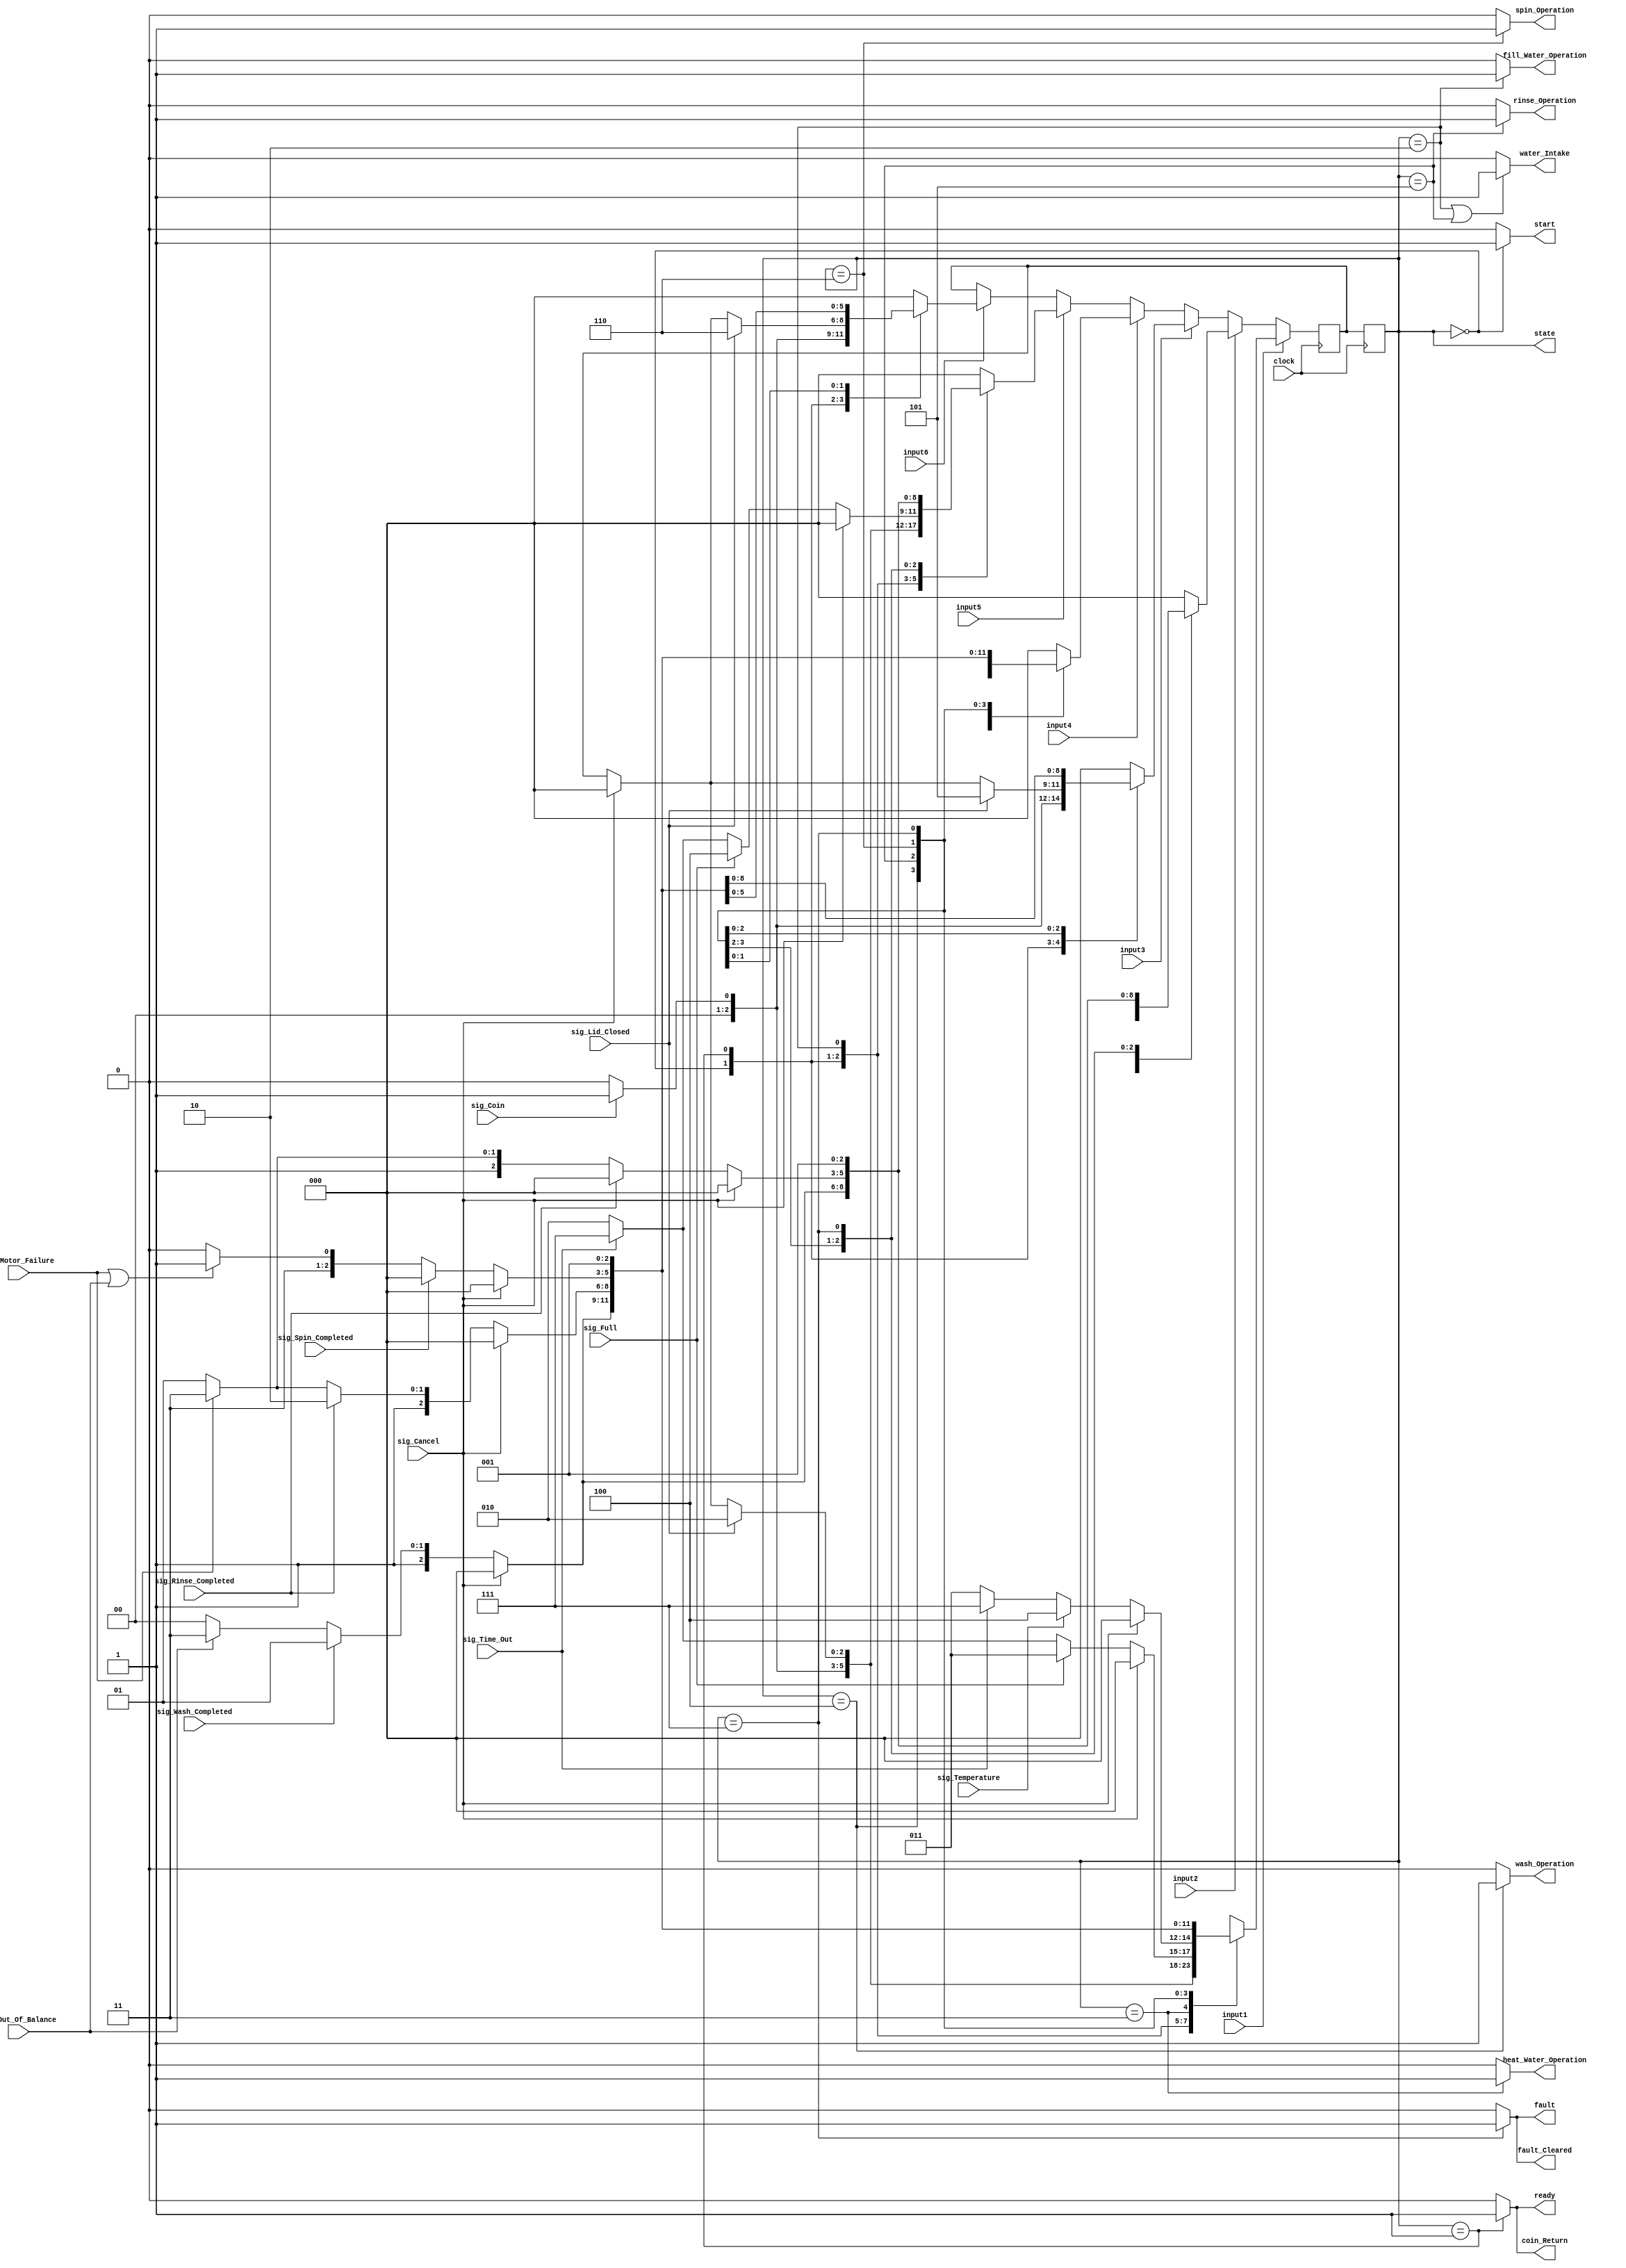
module Controller(
    clock,
    input1,
    input2,
    input3,
    input4,
    input5,
    input6,
    sig_Lid_Closed,
    sig_Coin,
    sig_Cancel,
    sig_Time_Out,
    sig_Out_Of_Balance,
    sig_Motor_Failure,
    sig_Full,
    sig_Temperature,
    sig_Wash_Completed,
    sig_Rinse_Completed,
    sig_Spin_Completed,
    start,
    ready,
    fill_Water_Operation,
    heat_Water_Operation,
    wash_Operation,
    rinse_Operation,
    spin_Operation,
    fault,
    coin_Return,
    water_Intake,
    fault_Cleared,
    state
    );
    
    input clock;
    input input1,input2,input3,input4,input5,input6;
    input sig_Lid_Closed;
    input sig_Coin;

    input sig_Cancel;
    input sig_Time_Out;
    input sig_Out_Of_Balance;
    input sig_Motor_Failure;

    input sig_Full;
    input sig_Temperature;
    input sig_Wash_Completed;
    input sig_Rinse_Completed;
    input sig_Spin_Completed;

    output start;
    output ready;
    output fill_Water_Operation;
    output heat_Water_Operation;
    output wash_Operation;
    output rinse_Operation;
    output spin_Operation;
    output fault;
    output coin_Return;
    output water_Intake;
    output fault_Cleared;
    output [2:0] state;

    parameter STATE_START = 3'd0 ;
    parameter STATE_READY = 3'd1;
    parameter STATE_FILL_WATER = 3'd2;
    parameter STATE_HEAT_WATER = 3'd3;
    parameter STATE_WASH = 3'd4;
    parameter STATE_RINSE = 3'd5;
    parameter STATE_SPIN = 3'd6;
    parameter STATE_FAULT = 3'd7;

    reg state = STATE_START;
    reg [2:0] next_State;

    always @(posedge  clock) begin
        state = next_State;
    end

    always @(posedge clock) begin
    if (input1) begin
        case (state)
            STATE_START: begin
                if (sig_Coin == 1)
                    next_State = STATE_READY;

                else 
                    next_State = STATE_START;
            end
            STATE_READY: begin
                if (sig_Lid_Closed == 1)
                    next_State = STATE_FILL_WATER;

                else if (sig_Cancel == 1)
                    next_State = STATE_START;
            end
            STATE_FILL_WATER: begin
                if (sig_Cancel == 1)
                    next_State = STATE_START;

                else if (sig_Full == 1)
                    next_State = STATE_HEAT_WATER;
                
                else if (sig_Time_Out == 1)
                    next_State = STATE_FAULT;
                
                else 
                    next_State = STATE_FILL_WATER;
            end
            STATE_HEAT_WATER: begin
                if (sig_Cancel == 1)
                    next_State = STATE_START;

                else if (sig_Temperature == 1) 
                    next_State = STATE_WASH;
                    
                else if (sig_Time_Out == 1) 
                    next_State = STATE_FAULT;
                
                else 
                    next_State = STATE_HEAT_WATER;
            end
            STATE_WASH: begin
                if (sig_Cancel == 1)
                    next_State = STATE_START;

                else if (sig_Wash_Completed == 1) 
                    next_State = STATE_RINSE;
                    
                else if (sig_Out_Of_Balance == 1)
                    next_State = STATE_FAULT;
        
                else 
                    next_State = STATE_WASH;
            end
            STATE_RINSE: begin
                if (sig_Cancel == 1)
                    next_State = STATE_START;

                else if (sig_Rinse_Completed == 1) 
                    next_State = STATE_SPIN;
                    
                else if (sig_Motor_Failure == 1) 
                    next_State = STATE_FAULT;
            
                else 
                    next_State = STATE_RINSE;
            end
            STATE_SPIN: begin
                if (sig_Cancel == 1)
                    next_State = STATE_START;

                else if (sig_Spin_Completed == 1) 
                    next_State = STATE_START;
                    
                else if (sig_Motor_Failure == 1 | sig_Out_Of_Balance == 1) 
                    next_State = STATE_FAULT;
                
                else 
                    next_State = STATE_SPIN;
            end
            STATE_FAULT:
                next_State = STATE_READY;
            
            default: 
                next_State = STATE_START;
        endcase
    end
    else if (input2) begin
        case (state)
            STATE_START: begin
                if (sig_Coin == 1)
                    next_State = STATE_READY;

                else 
                    next_State = STATE_START;
            end
            STATE_READY: begin
                if (sig_Lid_Closed == 1)
                    next_State = STATE_FILL_WATER;

                else if (sig_Cancel == 1)
                    next_State = STATE_START;
            end
            STATE_FILL_WATER: begin
                if (sig_Cancel == 1)
                    next_State = STATE_START;

                else if (sig_Full == 1)
                    next_State = STATE_HEAT_WATER;
                
                else if (sig_Time_Out == 1)
                    next_State = STATE_FAULT;
                
                else 
                    next_State = STATE_FILL_WATER;
            end
            STATE_HEAT_WATER: begin
                if (sig_Cancel == 1)
                    next_State = STATE_START;

                else if (sig_Temperature == 1) 
                    next_State = STATE_WASH;
                    
                else if (sig_Time_Out == 1) 
                    next_State = STATE_FAULT;
                
                else 
                    next_State = STATE_HEAT_WATER;
            end
            STATE_WASH: begin
                if (sig_Cancel == 1)
                    next_State = STATE_START;

                else if (sig_Wash_Completed == 1) 
                    next_State = STATE_RINSE;
                    
                else if (sig_Out_Of_Balance == 1)
                    next_State = STATE_FAULT;
        
                else 
                    next_State = STATE_WASH;
            end
            STATE_RINSE: begin
                if (sig_Cancel == 1)
                    next_State = STATE_START;

                else if (sig_Rinse_Completed == 1) 
                    next_State = STATE_START;
                    
                else if (sig_Motor_Failure == 1) 
                    next_State = STATE_FAULT;
            
                else 
                    next_State = STATE_RINSE;
            end
            STATE_FAULT:
                next_State = STATE_READY;
            
            default: 
                next_State = STATE_START;
        endcase
    end
    else if (input3) begin
        case (state)
            STATE_START: begin
                if (sig_Coin == 1)
                    next_State = STATE_READY;

                else 
                    next_State = STATE_START;
            end
            STATE_READY: begin
                if (sig_Lid_Closed == 1)
                    next_State = STATE_RINSE;

                else if (sig_Cancel == 1)
                    next_State = STATE_START;
            end
            STATE_RINSE: begin
                if (sig_Cancel == 1)
                    next_State = STATE_START;

                else if (sig_Rinse_Completed == 1) 
                    next_State = STATE_SPIN;
                    
                else if (sig_Motor_Failure == 1) 
                    next_State = STATE_FAULT;
            
                else 
                    next_State = STATE_RINSE;
            end
            STATE_SPIN: begin
                if (sig_Cancel == 1)
                    next_State = STATE_START;

                else if (sig_Spin_Completed == 1) 
                    next_State = STATE_START;
                    
                else if (sig_Motor_Failure == 1 | sig_Out_Of_Balance == 1) 
                    next_State = STATE_FAULT;
                
                else 
                    next_State = STATE_SPIN;
            end
            STATE_FAULT:
                next_State = STATE_READY;
            
            default: 
                next_State = STATE_START;
        endcase
        
    end
    else if (input4) begin
        case (state)
            STATE_START: begin
                if (sig_Coin == 1)
                    next_State = STATE_READY;

                else 
                    next_State = STATE_START;
            end
            STATE_READY: begin
                if (sig_Lid_Closed == 1)
                    next_State = STATE_FILL_WATER;

                else if (sig_Cancel == 1)
                    next_State = STATE_START;
            end
            STATE_FILL_WATER: begin
                if (sig_Cancel == 1)
                    next_State = STATE_START;

                else if (sig_Full == 1)
                    next_State = STATE_WASH;
                
                else if (sig_Time_Out == 1)
                    next_State = STATE_FAULT;
                
                else 
                    next_State = STATE_FILL_WATER;
            end
            STATE_WASH: begin
                if (sig_Cancel == 1)
                    next_State = STATE_START;

                else if (sig_Wash_Completed == 1) 
                    next_State = STATE_RINSE;
                    
                else if (sig_Out_Of_Balance == 1)
                    next_State = STATE_FAULT;
        
                else 
                    next_State = STATE_WASH;
            end
            STATE_RINSE: begin
                if (sig_Cancel == 1)
                    next_State = STATE_START;

                else if (sig_Rinse_Completed == 1) 
                    next_State = STATE_SPIN;
                    
                else if (sig_Motor_Failure == 1) 
                    next_State = STATE_FAULT;
            
                else 
                    next_State = STATE_RINSE;
            end
            STATE_SPIN: begin
                if (sig_Cancel == 1)
                    next_State = STATE_START;

                else if (sig_Spin_Completed == 1) 
                    next_State = STATE_START;
                    
                else if (sig_Motor_Failure == 1 | sig_Out_Of_Balance == 1) 
                    next_State = STATE_FAULT;
                
                else 
                    next_State = STATE_SPIN;
            end
            STATE_FAULT:
                next_State = STATE_READY;
            
            default: 
                next_State = STATE_START;
        endcase
    end
    else if (input5) begin
        case (state)
            STATE_START: begin
                if (sig_Coin == 1)
                    next_State = STATE_READY;

                else 
                    next_State = STATE_START;
            end
            STATE_READY: begin
                if (sig_Lid_Closed == 1)
                    next_State = STATE_FILL_WATER;

                else if (sig_Cancel == 1)
                    next_State = STATE_START;
            end
            STATE_FILL_WATER: begin
                if (sig_Cancel == 1)
                    next_State = STATE_START;

                else if (sig_Full == 1)
                    next_State = STATE_WASH;
                
                else if (sig_Time_Out == 1)
                    next_State = STATE_FAULT;
                
                else 
                    next_State = STATE_FILL_WATER;
            end
            STATE_WASH: begin
                if (sig_Cancel == 1)
                    next_State = STATE_START;

                else if (sig_Wash_Completed == 1) 
                    next_State = STATE_RINSE;
                    
                else if (sig_Out_Of_Balance == 1)
                    next_State = STATE_FAULT;
        
                else 
                    next_State = STATE_WASH;
            end
            STATE_RINSE: begin
                if (sig_Cancel == 1)
                    next_State = STATE_START;

                else if (sig_Rinse_Completed == 1) 
                    next_State = STATE_START;
                    
                else if (sig_Motor_Failure == 1) 
                    next_State = STATE_FAULT;
            
                else 
                    next_State = STATE_RINSE;
            end
            STATE_FAULT:
                next_State = STATE_READY;
            
            default: 
                next_State = STATE_START;
        endcase
        

    end

    else if (input6) begin
        case (state)
            STATE_START: begin
                if (sig_Coin == 1)
                    next_State = STATE_READY;

                else 
                    next_State = STATE_START;
            end
            STATE_READY: begin
                if (sig_Lid_Closed == 1)
                    next_State = STATE_SPIN;

                else if (sig_Cancel == 1)
                    next_State = STATE_START;
            end
            STATE_SPIN: begin
                if (sig_Cancel == 1)
                    next_State = STATE_START;

                else if (sig_Spin_Completed == 1) 
                    next_State = STATE_START;
                    
                else if (sig_Motor_Failure == 1 | sig_Out_Of_Balance == 1) 
                    next_State = STATE_FAULT;
                
                else 
                    next_State = STATE_SPIN;
            end
            STATE_FAULT:
                next_State = STATE_READY;
            
            default: 
                next_State = STATE_START;
        endcase
    end
    end

    assign start = (state == STATE_START) ? 1'b1 : 1'b0;
    assign ready = (state == STATE_READY) ? 1'b1 : 1'b0;
    assign fill_Water_Operation = (state == STATE_FILL_WATER)? 1'b1: 1'b0;
    assign heat_Water_Operation = (state == STATE_HEAT_WATER)? 1'b1: 1'b0;
    assign wash_Operation = (state == STATE_WASH)? 1'b1: 1'b0;
    assign rinse_Operation = (state == STATE_RINSE)? 1'b1: 1'b0;
    assign spin_Operation = (state ==STATE_SPIN)? 1'b1: 1'b0;
    assign fault = (state == STATE_FAULT)? 1'b1: 1'b0;
    assign coin_Return = (state == STATE_READY)? 1'b1: 1'b0;
    assign water_Intake = ((state == STATE_FILL_WATER) || (state == STATE_RINSE))? 1'b1: 1'b0;
    assign fault_Cleared = (state == STATE_FAULT)? 1'b1: 1'b0;

endmodule